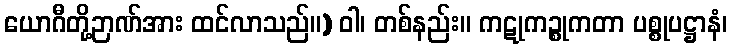
ယောဂီတို့ဉာဏ်အား ထင်လာသည်။) ဝါ၊ တစ်နည်း။ ကဋုကဉ္စုကတာ ပစ္စုပဋ္ဌာနံ၊